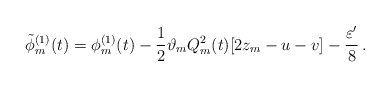
\begin{align*}\tilde\phi_m^{(1)}(t)=\phi_m^{(1)}(t)-\frac{1}{2}\vartheta_mQ_m^2(t)[2z_m-u-v]-\frac{\varepsilon'}{8}\,.\end{align*}